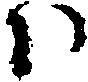
ハ